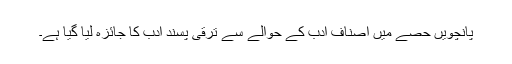
پانچویں حصے میں اصناف ادب کے حوالے سے ترقی پسند ادب کا جائزہ لیا گیا ہے۔